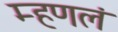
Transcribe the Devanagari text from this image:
म्हणलं